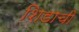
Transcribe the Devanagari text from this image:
शिडाची